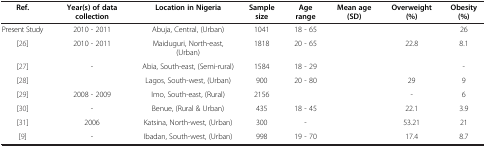
<table><thead><tr><td><b>Ref.</b></td><td><b>Year(s) of data collection</b></td><td><b>Location in Nigeria</b></td><td><b>Sample size</b></td><td><b>Age range</b></td><td><b>Mean age (SD)</b></td><td><b>Overweight (%)</b></td><td><b>Obesity (%)</b></td></tr></thead><tbody><tr><td>Present Study</td><td>2010 - 2011</td><td>Abuja, Central, (Urban)</td><td>1041</td><td>18 - 65</td><td>[EMPTY_CELL]</td><td>[EMPTY_CELL]</td><td>26</td></tr><tr><td>[26]</td><td>2010 - 2011</td><td>Maiduguri, North-east, (Urban)</td><td>1818</td><td>20 - 65</td><td>[EMPTY_CELL]</td><td>22.8</td><td>8.1</td></tr><tr><td>[27]</td><td>-</td><td>Abia, South-east, (Semi-rural)</td><td>1584</td><td>18 - 29</td><td>[EMPTY_CELL]</td><td>[EMPTY_CELL]</td><td>-</td></tr><tr><td>[28]</td><td>[EMPTY_CELL]</td><td>Lagos, South-west, (Urban)</td><td>900</td><td>20 - 80</td><td>[EMPTY_CELL]</td><td>29</td><td>9</td></tr><tr><td>[29]</td><td>2008 - 2009</td><td>Imo, South-east, (Rural)</td><td>2156</td><td>[EMPTY_CELL]</td><td>[EMPTY_CELL]</td><td>-</td><td>6</td></tr><tr><td>[30]</td><td>-</td><td>Benue, (Rural &amp; Urban)</td><td>435</td><td>18 - 45</td><td>[EMPTY_CELL]</td><td>22.1</td><td>3.9</td></tr><tr><td>[31]</td><td>2006</td><td>Katsina, North-west, (Urban)</td><td>300</td><td>-</td><td>[EMPTY_CELL]</td><td>53.21</td><td>21</td></tr><tr><td>[9]</td><td>-</td><td>Ibadan, South-west, (Urban)</td><td>998</td><td>19 - 70</td><td>[EMPTY_CELL]</td><td>17.4</td><td>8.7</td></tr></tbody></table>